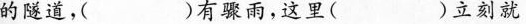
的隧道，( )有骤雨,这里( )立刻就